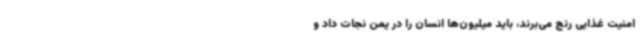
امنیت غذایی رنج می‌برند، باید میلیون‌ها انسان را در یمن نجات داد و